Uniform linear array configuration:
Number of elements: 48
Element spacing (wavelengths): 1
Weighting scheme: hamming
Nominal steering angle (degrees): -30
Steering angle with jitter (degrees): -31.778
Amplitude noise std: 0.05
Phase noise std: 0.05

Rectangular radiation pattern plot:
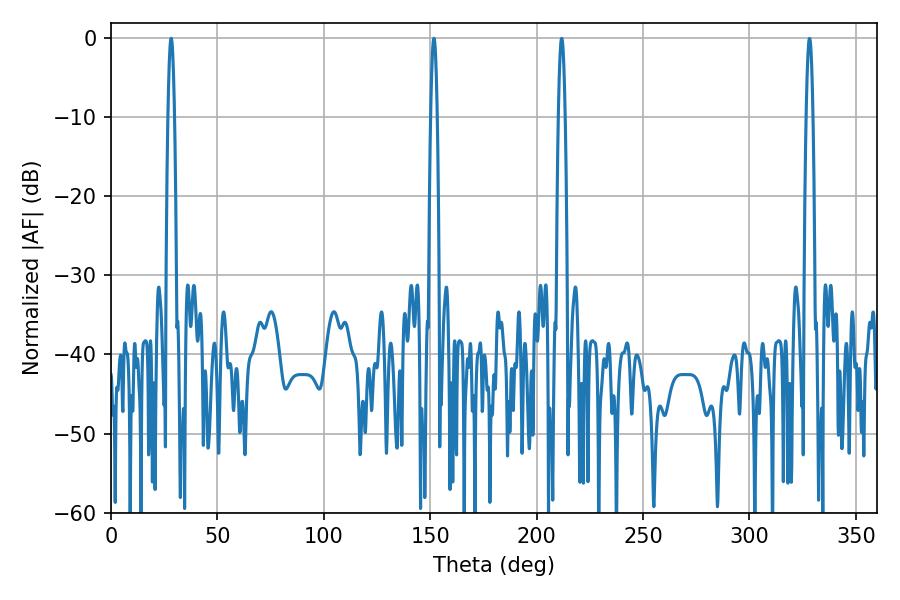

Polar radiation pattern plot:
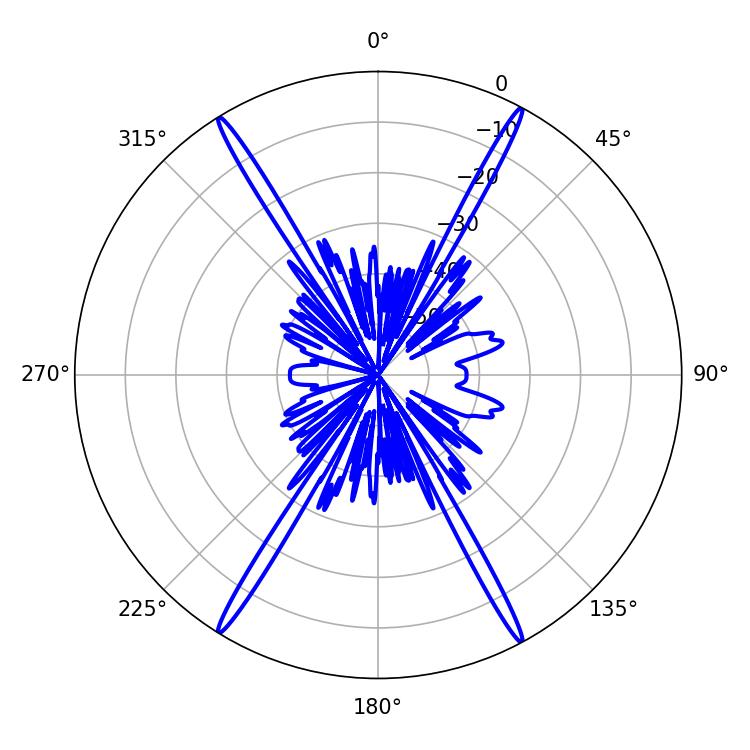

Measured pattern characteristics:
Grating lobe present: TRUE
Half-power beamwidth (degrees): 1.62
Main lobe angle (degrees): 28.26